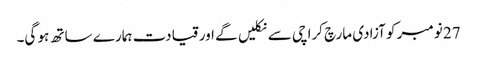
27 نومبر کو آزادی مارچ کراچی سے نکلیں گے اور قیادت ہمارے ساتھ ہو گی۔